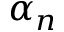
\alpha _ { n }